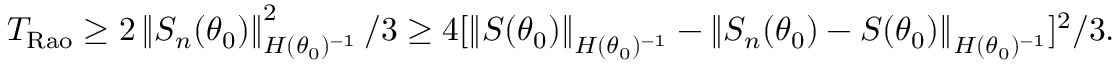
\begin{array} { r } { T _ { \mathrm { R a o } } \ge 2 \left\lVert S _ { n } ( \theta _ { 0 } ) \right\rVert _ { H ( \theta _ { 0 } ) ^ { - 1 } } ^ { 2 } / 3 \ge 4 [ \left\lVert S ( \theta _ { 0 } ) \right\rVert _ { H ( \theta _ { 0 } ) ^ { - 1 } } - \left\lVert S _ { n } ( \theta _ { 0 } ) - S ( \theta _ { 0 } ) \right\rVert _ { H ( \theta _ { 0 } ) ^ { - 1 } } ] ^ { 2 } / 3 . } \end{array}